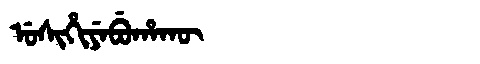
Manchu: ᡠᠰᡳᡥᡳᠶᡝᠪᡠᡥᠠᡴᡡ
Romanization: USIHIYEBUHAKŪ